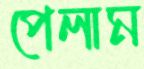
পেলাম